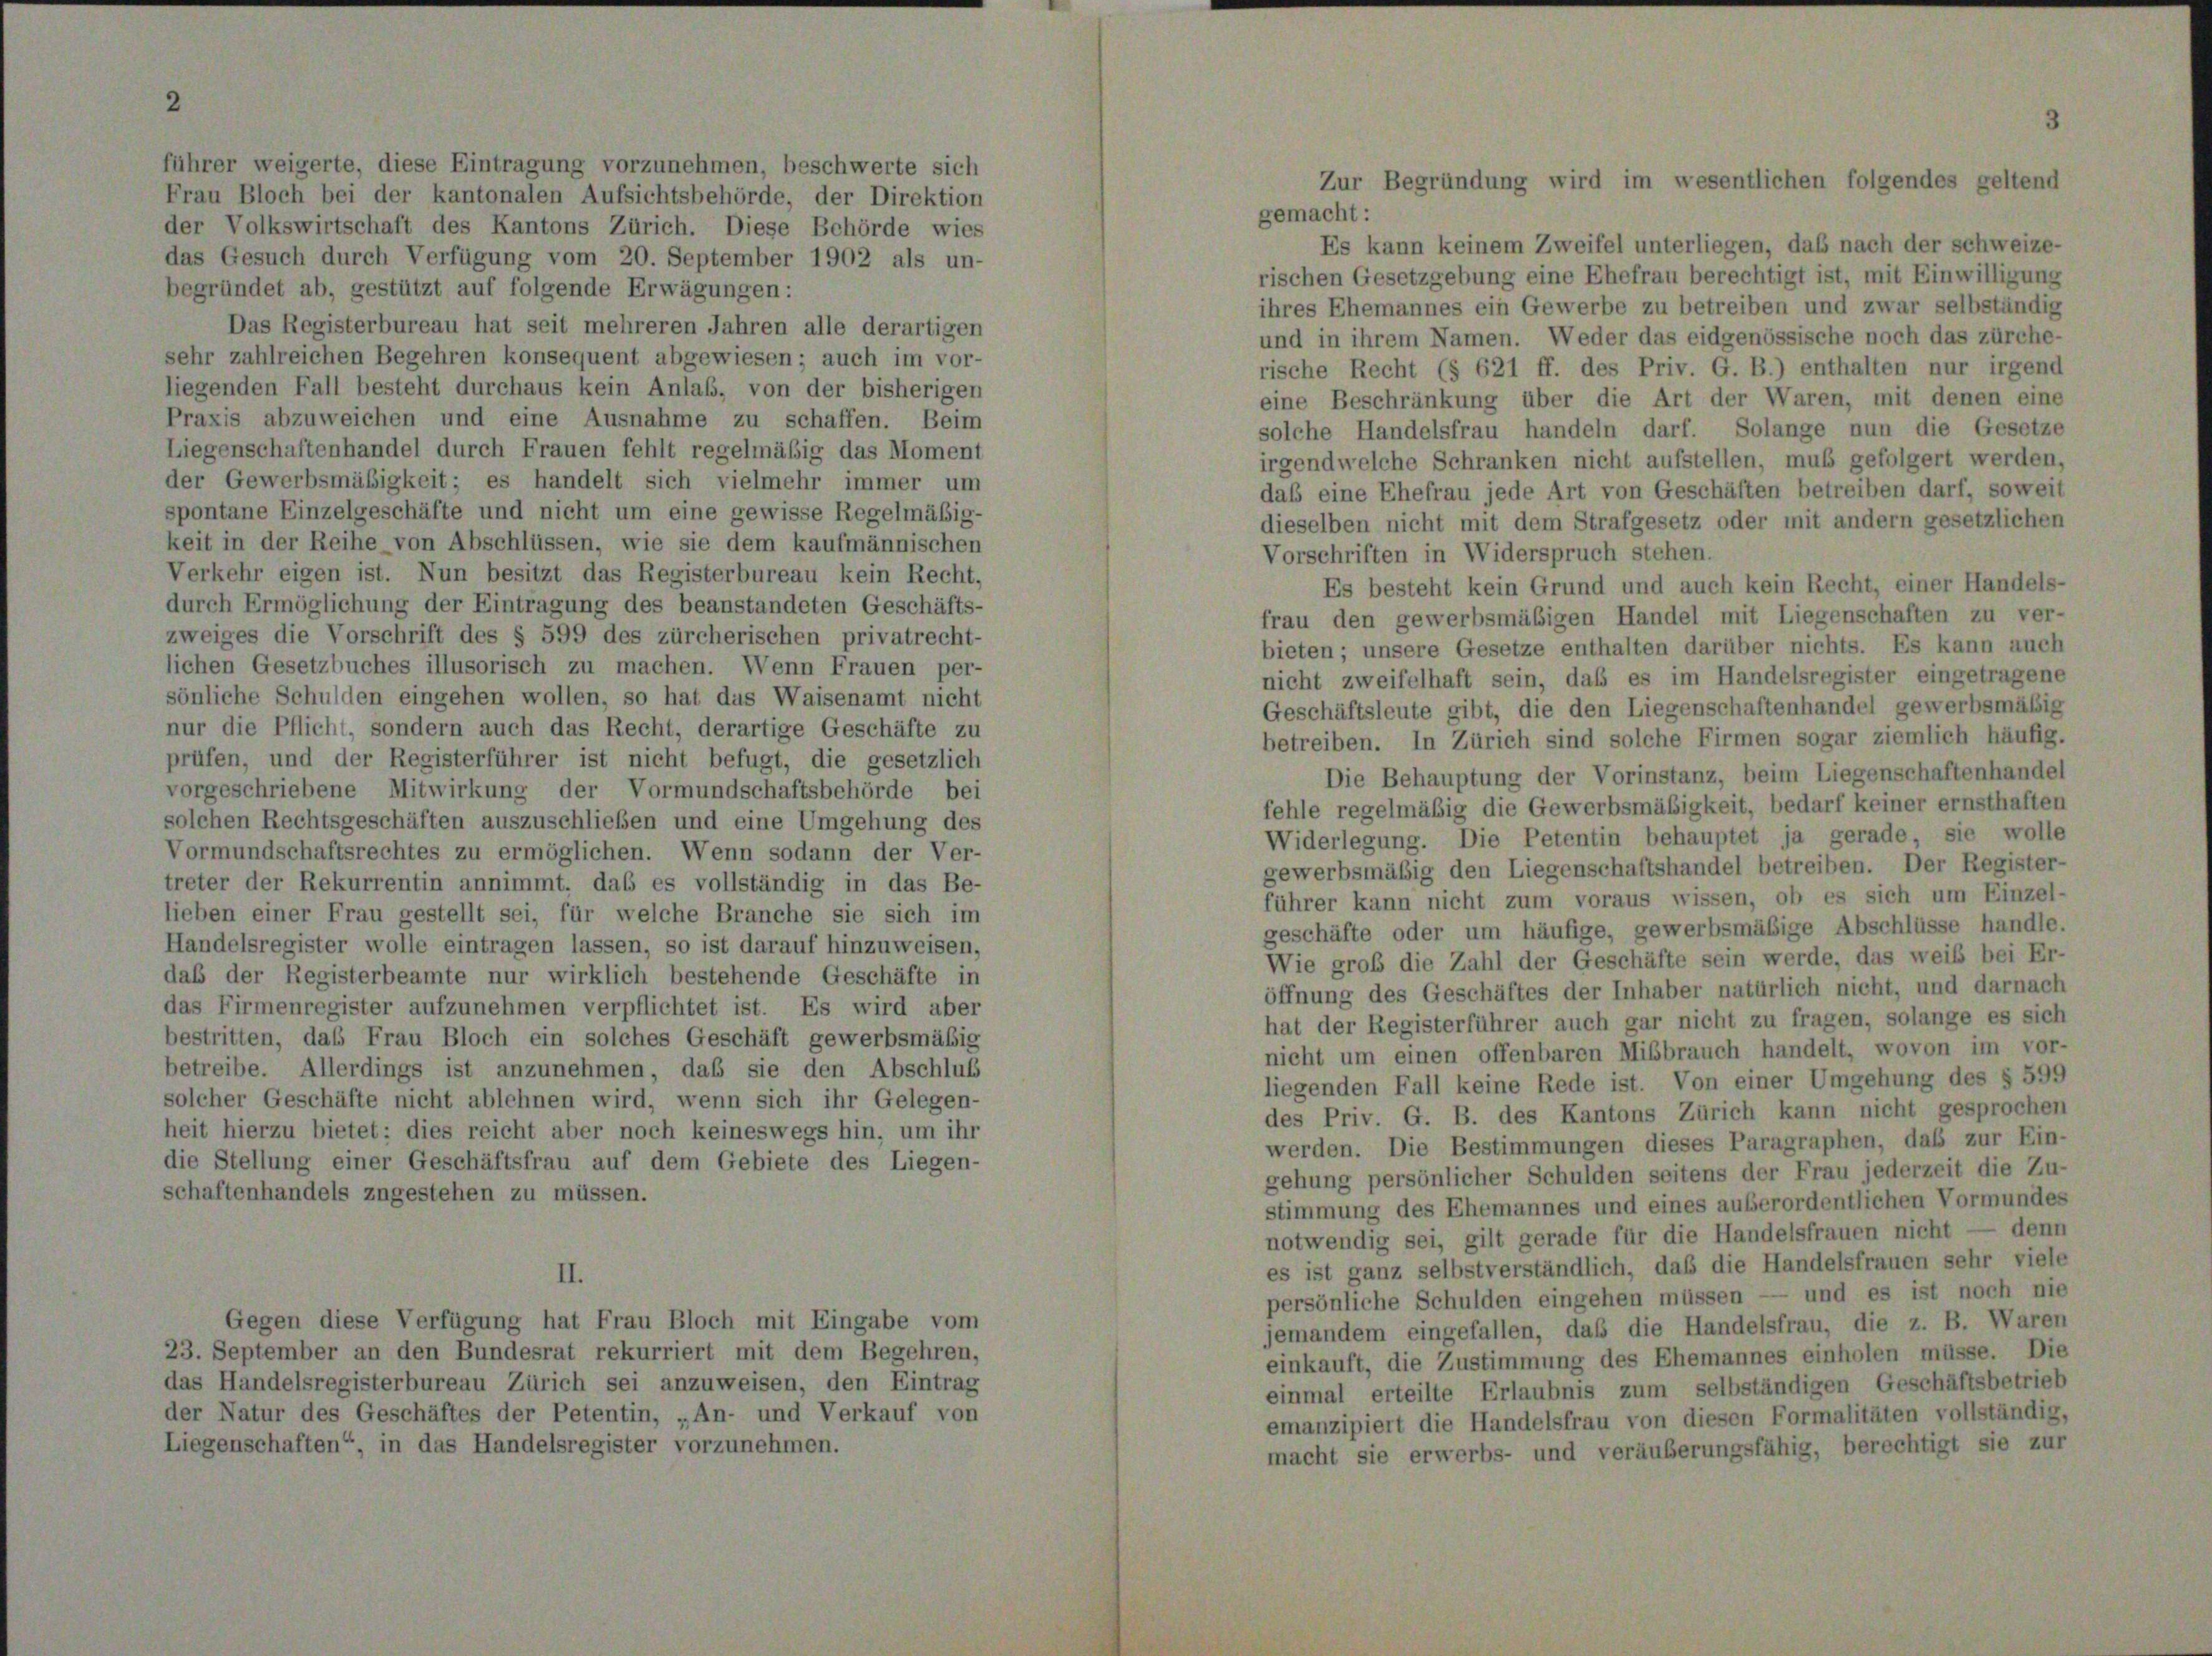
führer weigerte, diese Eintragung vorzunehmen, beschwerte sich
Frau Bloch bei der kantonalen Aufsichtsbehörde, der Direktion
gemacht:
der Volkswirtschaft des Kantons Zürich. Diese Behörde wies
Es kann keinem Zweifel unterliegen, daß nach der schweize-
das Gesuch durch Verfügung vom 20. September 1902 als un-
rischen Gesetzgebung eine Ehefrau berechtigt ist, mit Einwilligung
begründet ab, gestützt auf folgende Erwägungen:
ihres Ehemannes ein Gewerbe zu betreiben und zwar selbständig
Das Registerbureau hat seit mehreren Jahren alle derartigen
und in ihrem Namen. Weder das eidgenössische noch das zürche-
sehr zahlreichen Begehren konsequent abgewiesen; auch im vor-
rische Recht (§ 621 ff. des Priv. G. B.) enthalten nur irgend
liegenden Fall besteht durchaus kein Anlaß, von der bisherigen
eine Beschränkung über die Art der Waren, mit denen eine
Praxis abzuweichen und eine Ausnahme zu schaffen. Beim
solche Handelsfrau handeln darf. Solange nun die Gesetze
Liegenschaftenhandel durch Frauen fehlt regelmäßig das Moment
irgendwelche Schranken nicht aufstellen, muß gefolgert werden,
der Gewerbsmäßigkeit; es handelt sich vielmehr immer um
daß eine Ehefrau jede Art von Geschäften betreiben darf, soweit
spontane Einzelgeschäfte und nicht um eine gewisse Regelmäßig-
dieselben nicht mit dem Strafgesetz oder mit andern gesetzlichen
keit in der Reihe von Abschlüssen, wie sie dem kaufmännischen
Vorschriften in Widerspruch stehen.
Verkehr eigen ist. Nun besitzt das Registerbureau kein Recht,
Es besteht kein Grund und auch kein Recht, einer Handels-
durch Ermöglichung der Eintragung des beanstandeten Geschäfts-
frau den gewerbsmäßigen Handel mit Liegenschaften zu ver-
zweiges die Vorschrift des § 599 des zürcherischen privatrecht-
bieten; unsere Gesetze enthalten darüber nichts. Es kann auch
lichen Gesetzbuches illusorisch zu machen. Wenn Frauen per-
nicht zweifelhaft sein, daß es im Handelsregister eingetragene
sönliche Schulden eingehen wollen, so hat das Waisenamt nicht
Geschäftsleute gibt, die den Liegenschaftenhandel gewerbsmäßig
nur die Pflicht, sondern auch das Recht, derartige Geschäfte zu
betreiben. In Zürich sind solche Firmen sogar ziemlich häufig,
prüfen, und der Registerführer ist nicht befugt, die gesetzlich
Die Behauptung der Vorinstanz, beim Liegenschaftenhande
vorgeschriebene Mitwirkung der Vormundschaftsbehörde bei
fehle regelmäßig die Gewerbsmäßigkeit, bedarf keiner ernsthaften
solchen Rechtsgeschäften auszuschließen und eine Umgehung des
Widerlegung. Die Petentin behauptet ja gerade, sie wolle
Vormundschaftsrechtes zu ermöglichen. Wenn sodann der Ver-
gewerbsmäßig den Liegenschaftshandel betreiben. Der Register
treter der Rekurrentin annimmt, das es vollständig in das Be-
führer kann nicht zum voraus wissen, ob es sich um Einzel-
lieben einer Frau gestellt sei, für welche Branche sie sich im
geschäfte oder um häufige, gewerbsmäßige Abschlüsse handle
Handelsregister wolle eintragen lassen, so ist darauf hinzuweisen,
Wie groß die Zahl der Geschäfte sein werde, das weiß bei Er
daß der Registerbeamte nur wirklich bestehende Geschäfte in
öffnung des Geschäftes der Inhaber natürlich nicht, und darnach
das Firmenregister aufzunehmen verpflichtet ist. Es wird aber
hat der Registerführer auch gar nicht zu fragen, solange es sich
bestritten, das Frau Bloch ein solches Geschäft gewerbsmäßig
nicht um einen offenbaren Mißbrauch handelt, wovon im vor
betreibe. Allerdings ist anzunehmen, daß sie den Abschluß
liegenden Fall keine Rede ist. Von einer Umgehung des § 599
solcher Geschäfte nicht ablehnen wird, wenn sich ihr Gelegen-
des Priv. G. B. des Kantons Zürich kann nicht gesprochen
heit hierzu bietet; dies reicht aber noch keineswegs hin, um ihr
werden. Die Bestimmungen dieses Paragraphen, daß zur Ein
die Stellung einer Geschäftsfrau auf dem Gebiete des Liegen-
gehung persönlicher Schulden seitens der Frau jederzeit die Zu
schaftenhandels zugestehen zu müssen.
stimmung des Ehemannes und eines außerordentlichen Vormundes
notwendig sei, gilt gerade für die Handelsfrauen nicht — denn
es ist ganz selbstverständlich, daß die Handelsfrauen sehr viel,
II.
persönliche Schulden eingehen müssen — und es ist noch ni
Gegen diese Verfügung hat Frau Bloch mit Eingabe vom
jemandem eingefallen, daß die Handelsfrau, die z. B. Warer
23. September an den Bundesrat rekurriert mit dem Begehren,
einkauft, die Zustimmung des Ehemannes einholen müsse. Die
das Handelsregisterbureau Zürich sei anzuweisen, den Eintrag
einmal erteilte Erlaubnis zum selbständigen Geschäftsbetriel
der Natur des Geschäftes der Petentin, „An- und Verkauf von
emanzipiert die Handelsfrau von diesen Formalitäten vollständig,
Liegenschaften“ in das Handelsregister vorzunehmen.
macht sie erwerbs- und veräußerungsfähig, berechtigt sie zur

Zur Begründung wird im wesentlichen folgendes geltend